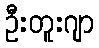
ဦးတူးဂျာ